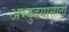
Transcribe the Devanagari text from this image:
अभ्युदयासाठी